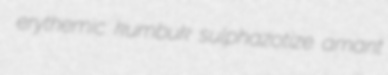
erythemic kumbuk sulphazotize amant